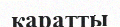
қаратты